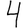
Digit: 4